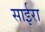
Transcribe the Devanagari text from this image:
साईरा